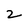
Character: 2